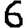
Digit: 6